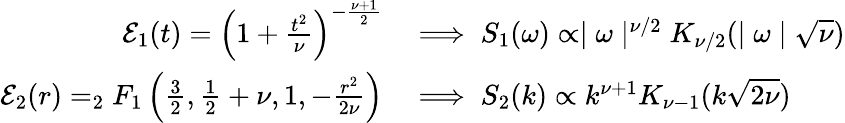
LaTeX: \begin{array}{rl}{\mathcal{E}_{1}(t)=\left(1+\frac{t^{2}}{\nu}\right)^{-\frac{\nu+1}{2}}}&{\implies S_{1}(\omega)\propto\mid\omega\mid^{\nu/2}K_{\nu/2}(\mid\omega\mid\sqrt{\nu})}\\ {\mathcal{E}_{2}(r)=_{2}F_{1}\left(\frac{3}{2},\frac{1}{2}+\nu,1,-\frac{r^{2}}{2\nu}\right)}&{\implies S_{2}(k)\propto k^{\nu+1}K_{\nu-1}(k\sqrt{2\nu})}\end{array}